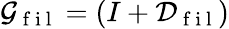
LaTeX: \mathcal{G}_{\mathrm{~f~i~l~}}=(I+\mathcal{D}_{\mathrm{~f~i~l~}})